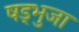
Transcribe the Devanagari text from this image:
षड्भुजा